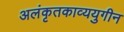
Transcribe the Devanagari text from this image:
अलंकृतकाव्ययुगीन